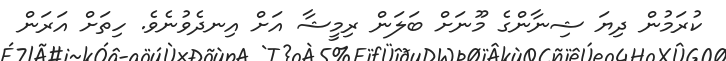
ކުރަމުން ދިޔަ ޝިނާންގެ މޫނަށް ބަލަން ރިމީޝާ އަށް އިނދެވުނެވެ. ހިތަށް އަރަން